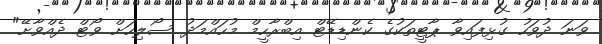
ވަނަ ދުވަހު ގުޅިފައިވާ ޕާޓީތަކުގެ ކެންޑިޑޭޓް އިބްރާހީމް މުހައްމަދު ސޯލިހަށް ވޯޓް ދެއްވާށޭ"